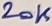
Text: 20K